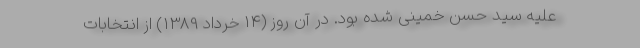
علیه سید حسن خمینی شده بود. در آن روز (14 خرداد 1389) از انتخابات